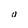
Character: v